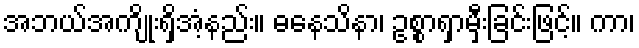
အဘယ်အကျိုးရှိအံ့နည်း။ ဓနေသိနာ၊ ဥစ္စာရှာမှီးခြင်းဖြင့်။ ကာ၊